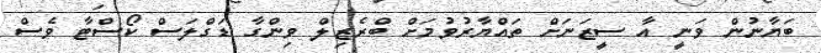
ބަޔާނުން ވަނީ އާ ސީޒަނަށް ތައްޔާރުވުމަށް ބްރެޒިލް ވިންގާ ޑަގްލަސް ކޯސްޓާ ވެސް